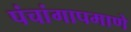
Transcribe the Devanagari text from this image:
पंचांगापमाणे